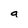
Character: a